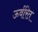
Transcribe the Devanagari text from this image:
ऊर्वरित